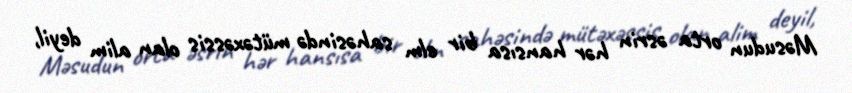
Məsudun orta əsrin hər hansısa bir elm sahəsində mütəxəssis olan alim deyil,